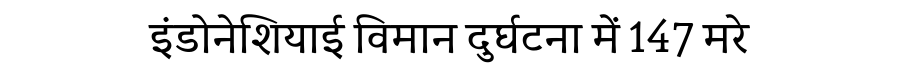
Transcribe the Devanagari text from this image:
इंडोनेशियाई विमान दुर्घटना में 147 मरे